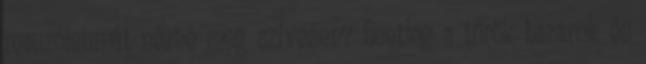
mauzóleumát nézné meg szívesen? Esetleg a török bazárok és